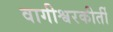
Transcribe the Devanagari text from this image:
वागीश्वरकीर्ती